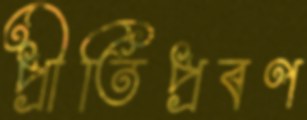
প্রীতিপ্রবণ